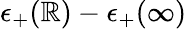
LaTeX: \epsilon_{+}(\mathbb{R})-\epsilon_{+}(\infty)